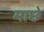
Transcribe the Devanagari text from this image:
माछे